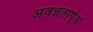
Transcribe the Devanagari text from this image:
अवज्ञतार्पूक